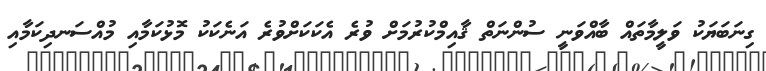
ގިނަބަޔަކު ވަލީމާތައް ބާއްވަނީ ސުންނަތް ޤާއިމްކުރުމަށް ވުރެ އެކަކަށްވުރެ އަނެކަކު މޮޅުކަމާއި މުއްސަނދިކަމާއި